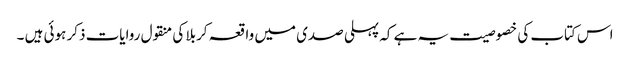
اس کتاب کی خصوصیت یہ ہے کہ پہلی صدی میں واقعہ کربلا کی منقول روایات ذکر ہوئی ہیں ۔